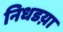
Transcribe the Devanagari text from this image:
निधडय़ा